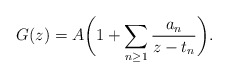
\begin{align*}G(z) = A\bigg(1+ \sum_{n\ge 1} \frac{a_n}{z-t_n}\bigg). \end{align*}